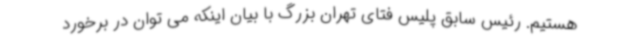
هستیم. رئیس سابق پلیس فتای تهران بزرگ با بیان اینکه می توان در برخورد